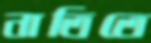
নাতিতে